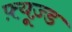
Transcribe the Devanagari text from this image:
फ़्यूज़्ड